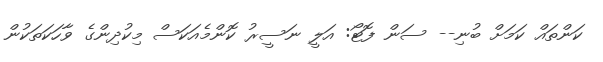
ކަންތައް ކަމަށް ބުނި-- ސަން ފޮޓޯ: އަލީ ނަސީރު ކޮންމެއަކަސް މިކުދިންގެ ވާހަކަތަކުން